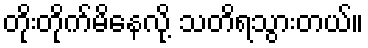
တိုးတိုက်မိနေလို့ သတိရသွားတယ်။